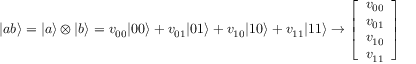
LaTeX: | a b \rangle = | a \rangle \otimes | b \rangle = v _ { 0 0 } | 0 0 \rangle + v _ { 0 1 } | 0 1 \rangle + v _ { 1 0 } | 1 0 \rangle + v _ { 1 1 } | 1 1 \rangle \rightarrow { \left[ \begin{array} { l } { v _ { 0 0 } } \\ { v _ { 0 1 } } \\ { v _ { 1 0 } } \\ { v _ { 1 1 } } \end{array} \right] }